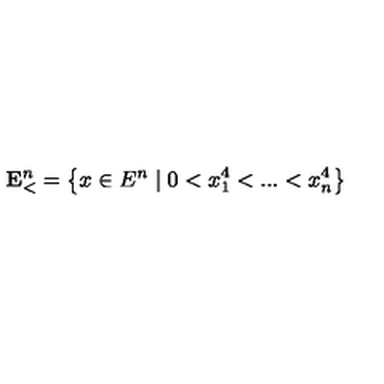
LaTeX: \mathbf { E } _ { < } ^ { n } = \left\{ x \in E ^ { n } \mid 0 < x _ { 1 } ^ { 4 } < . . . < x _ { n } ^ { 4 } \right\}